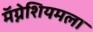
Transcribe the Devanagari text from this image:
मॅग्नेशियमला